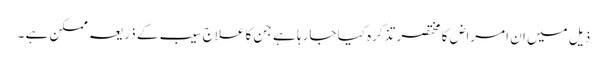
ذیل میں ان امراض کا مختصر تذکرہ کیا جارہا ہے جن کا علاج سیب کے ذریعہ ممکن ہے ۔